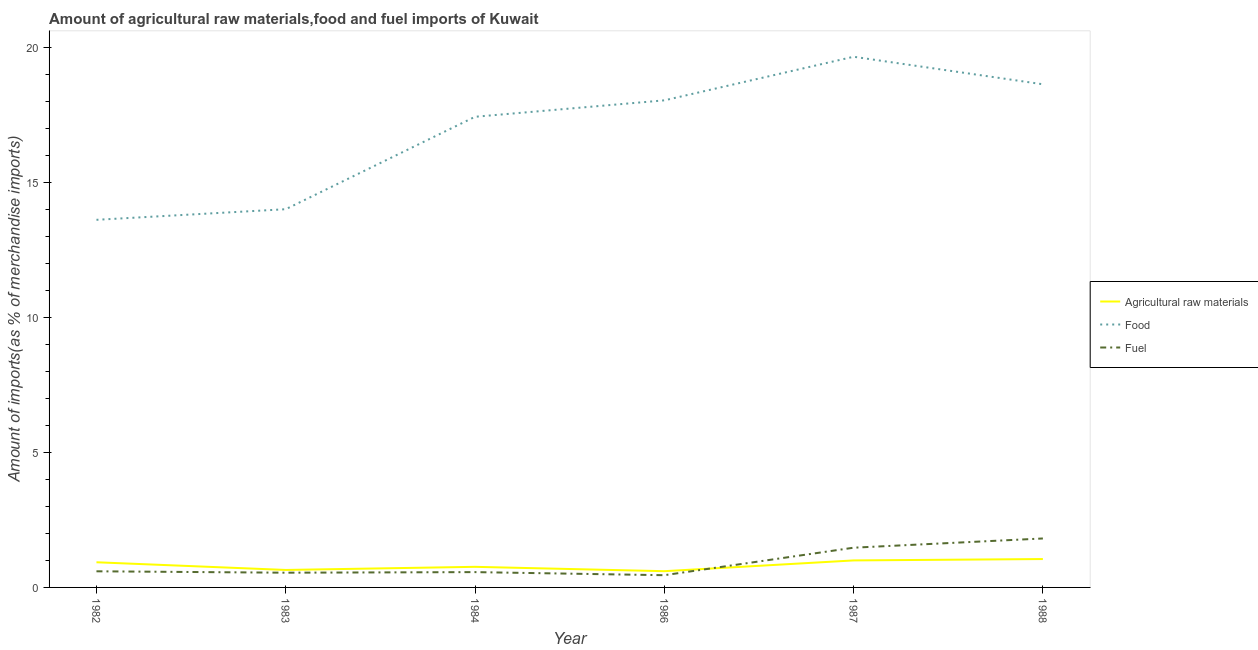
| Year | Agricultural raw materials | Food | Fuel |
 | --- | --- | --- | --- |
 | 1982 | 0.931 | 13.6 | 0.597 |
 | 1983 | 0.647 | 14 | 0.545 |
 | 1984 | 0.762 | 17.4 | 0.567 |
 | 1986 | 0.601 | 18 | 0.453 |
 | 1987 | 0.999 | 19.6 | 1.47 |
 | 1988 | 1.05 | 18.6 | 1.81 |